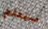
سنعلم